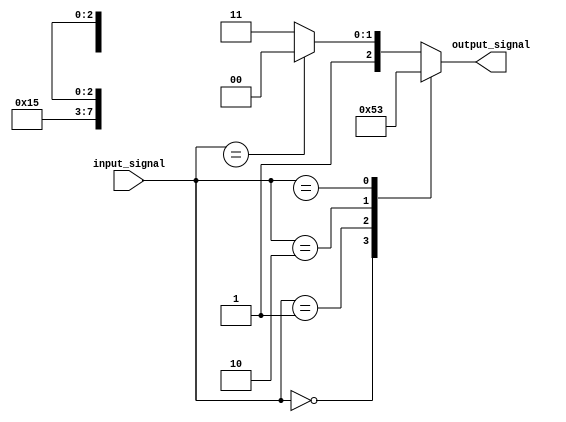
module casez_statement (
    input wire [7:0] input_signal,
    output reg [2:0] output_signal
);

always @*
begin
    casez(input_signal)
        // Exact matching conditions
        8'b0000_0000: output_signal <= 3'b000;
        8'b0000_0001: output_signal <= 3'b001;
        8'b0000_0010: output_signal <= 3'b010;
        
        // Don't care matching conditions
        8'b1010_1xxx: output_signal <= 3'b011;
        8'b1xxx_xxxx: output_signal <= 3'b100;
        
        // Default case
        default: output_signal <= 3'b111;
    endcase
end

endmodule